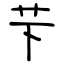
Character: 芐